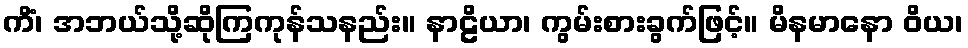
ကိံ၊ အဘယ်သို့ဆိုကြကုန်သနည်း။ နာဠိယာ၊ ကွမ်းစားခွက်ဖြင့်။ မိနမာနော ဝိယ၊